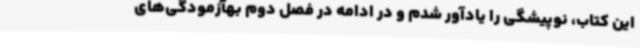
این کتاب، نوپیشگی را یادآور شدم و در ادامه در فصل دوم بهآزمودگی‌های